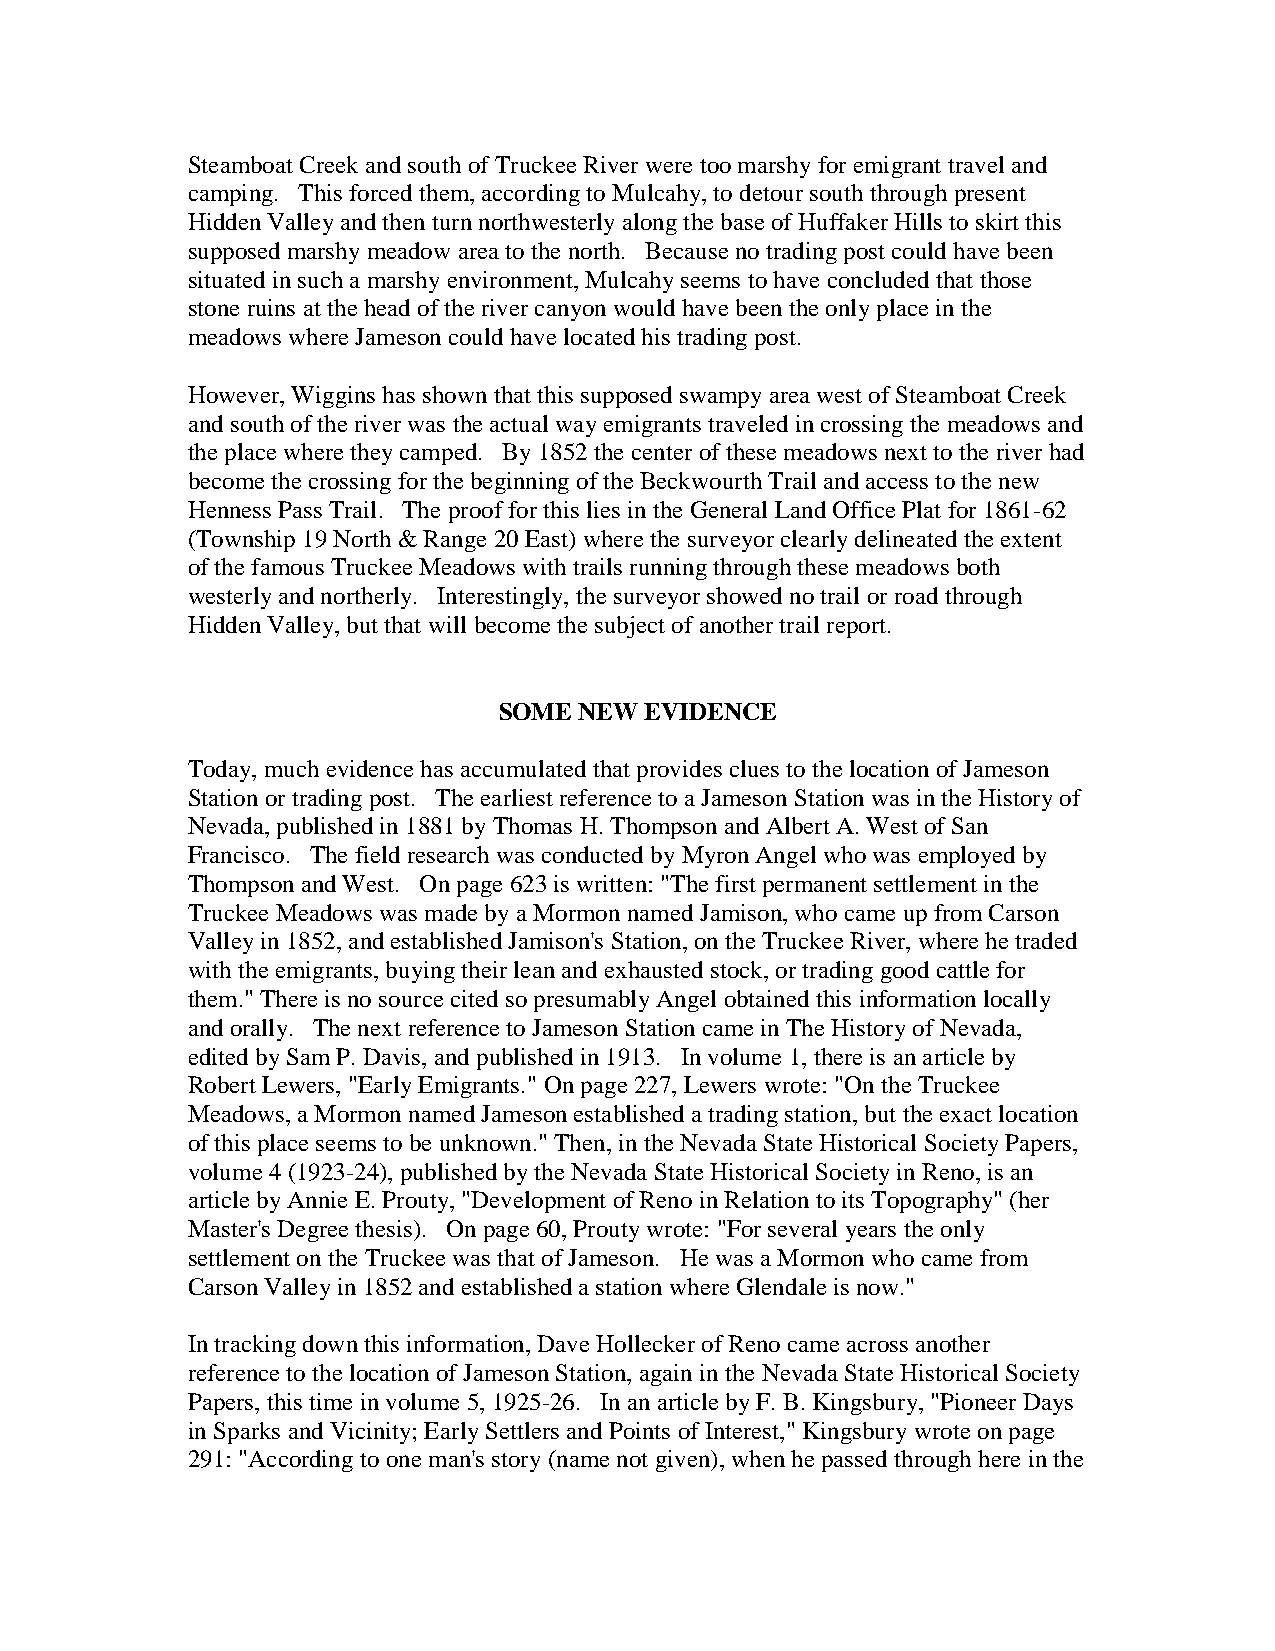
Steamboat Creek and south of Truckee River were too marshy for emigrant travel and
 camping. This forced them, according to Mulcahy, to detour south through present
 Hidden Valley and then turn northwesterly along the base of Huffaker Hills to skirt this
 supposed marshy meadow area to the north. Because no trading post could have been
 situated in such a marshy environment, Mulcahy seems to have concluded that those
 stone ruins at the head of the river canyon would have been the only place in the
 meadows where Jameson could have located his trading post.
 However, Wiggins has shown that this supposed swampy area west of Steamboat Creek
 and south of the river was the actual way emigrants traveled in crossing the meadows and
 the place where they camped. By 1852 the center of these meadows next to the river had
 become the crossing for the beginning of the Beckwourth Trail and access to the new
 Henness Pass Trail. The proof for this lies in the General Land Office Plat for 1861-62
 (Township 19 North & Range 20 East) where the surveyor clearly delineated the extent
 of the famous Truckee Meadows with trails running through these meadows both
 westerly and northerly. Interestingly, the surveyor showed no trail or road through
 Hidden Valley, but that will become the subject of another trail report.
 SOME NEW  EVIDENCE
 Today, much evidence has accumulated that provides clues to the location of Jameson
 Station or trading post. The earliest reference to a Jameson Station was in the History of
 Nevada, published in 1881 by Thomas H. Thompson and Albert A. West of San
 Francisco. The field research was conducted by Myron Angel who was employed by
 Thompson and West. On page 623 is written: "The first permanent settlement in the
 Truckee Meadows was made by a Mormon named Jamison, who came up from Carson
 Valley in 1852, and established Jamison's Station, on the Truckee River, where he traded
 with the emigrants, buying their lean and exhausted stock, or trading good cattle for
 them." There is no source cited so presumably Angel obtained this information locally
 and orally. The next reference to Jameson Station came in The History of Nevada,
 edited by Sam P. Davis, and published in 1913. In volume 1, there is an article by
 Robert Lewers, "Early Emigrants." On page 227, Lewers wrote: "On the Truckee
 Meadows, a Mormon named Jameson established a trading station, but the exact location
 of this place seems to be unknown." Then, in the Nevada State Historical Society Papers,
 volume 4 (1923-24), published by the Nevada State Historical Society in Reno, is an
 article by Annie E. Prouty, "Development of Reno in Relation to its Topography" (her
 Master's Degree thesis). On page 60, Prouty wrote: "For several years the only
 settlement on the Truckee was that of Jameson. He was a Mormon who came from
 Carson Valley in 1852 and established a station where Glendale is now."
 In tracking down this information, Dave Hollecker of Reno came across another
 reference to the location of Jameson Station, again in the Nevada State Historical Society
 Papers, this time in volume 5, 1925-26. In an article by F. B. Kingsbury, "Pioneer Days
 in Sparks and Vicinity; Early Settlers and Points of Interest," Kingsbury wrote on page
 291: "According to one man's story (name not given), when he passed through here in the